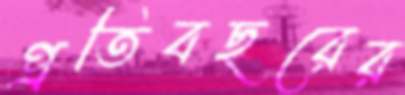
প্রতিবছরের